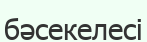
бәсекелесі